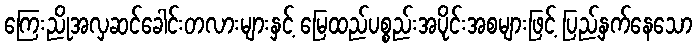
ကြေးညိုအလှဆင်ခေါင်းတလားများနှင့် မြေထည်ပစ္စည်းအပိုင်းအစများဖြင့် ပြည့်နှက်နေသော